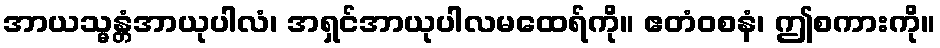
အာယသ္မန္တံအာယုပါလံ၊ အရှင်အာယုပါလမထေရ်ကို။ ဧတံဝစနံ၊ ဤစကားကို။